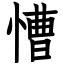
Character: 慒